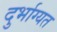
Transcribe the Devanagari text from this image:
दुर्भाग्यत